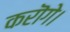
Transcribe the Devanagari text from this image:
करॊगे।